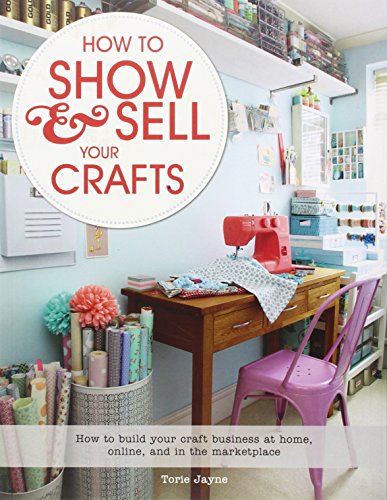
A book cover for How to Show & Sell Your Crafts: How to Build Your Craft Business at Home, Online, and in the Marketplace; Torie Jayne; Crafts, Hobbies & Home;